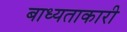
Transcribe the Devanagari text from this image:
बाध्यताकारी